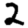
Digit: 2